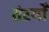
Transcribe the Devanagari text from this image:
तंरगोँ